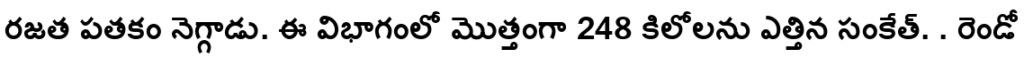
రజత పతకం నెగ్గాడు. ఈ విభాగంలో మొత్తంగా 248 కిలోలను ఎత్తిన సంకేత్. . రెండో